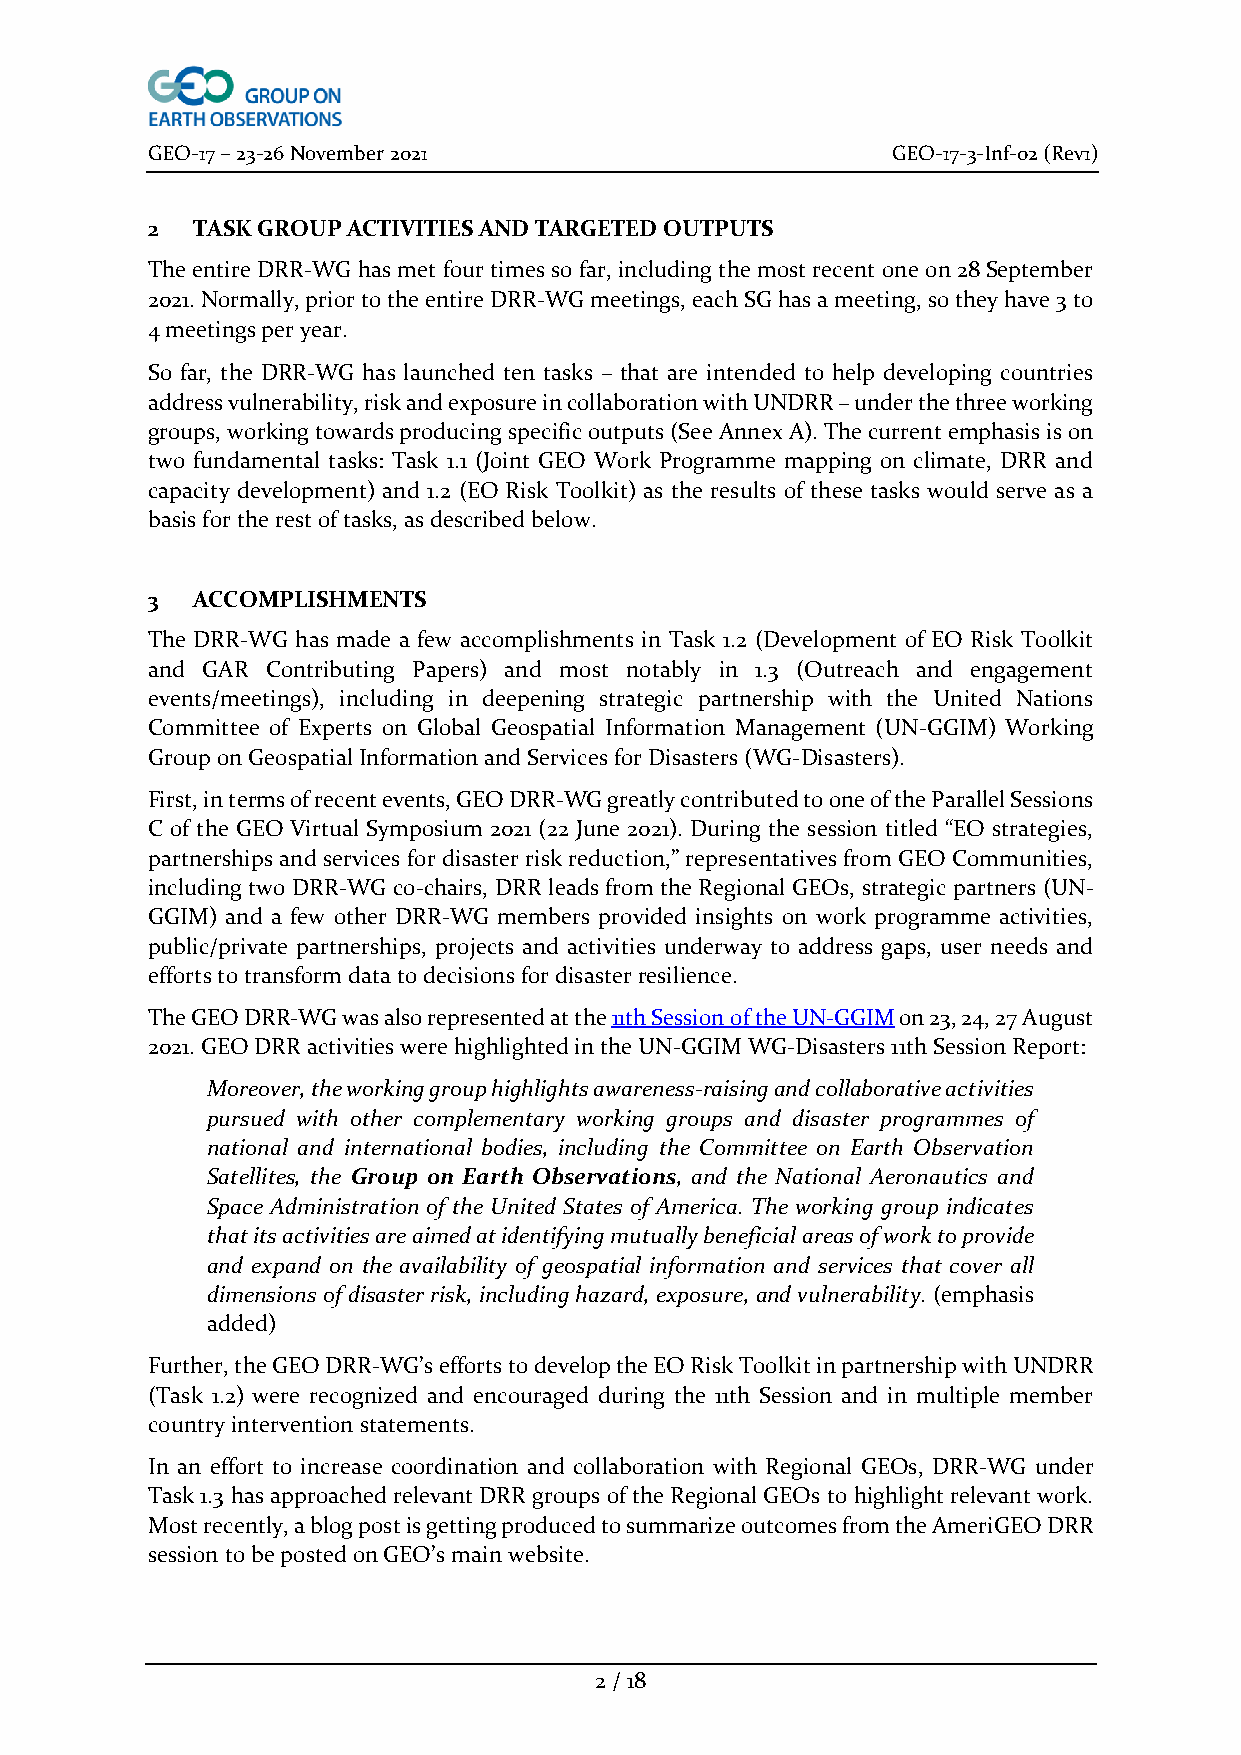
GEO-17 – 23-26 November 2021                     GEO-17-3-Inf-02 (Rev1)
 2  TASK GROUP ACTIVITIES AND TARGETED OUTPUTS
 The entire DRR-WG has met four times so far, including the most recent one on 28 September
 2021. Normally, prior to the entire DRR-WG meetings, each SG has a meeting, so they have 3 to
 4 meetings per year.
 So far, the DRR-WG has launched ten tasks – that are intended to help developing countries
 address vulnerability, risk and exposure in collaboration with UNDRR – under the three working
 groups, working towards producing specific outputs (See Annex A). The current emphasis is on
 two fundamental tasks: Task 1.1 (Joint GEO Work Programme mapping on climate, DRR and
 capacity development) and 1.2 (EO Risk Toolkit) as the results of these tasks would serve as a
 basis for the rest of tasks, as described below.
 3  ACCOMPLISHMENTS
 The DRR-WG has made a few accomplishments in Task 1.2 (Development of EO Risk Toolkit
 and GAR Contributing Papers) and most notably in 1.3 (Outreach and engagement
 events/meetings), including in deepening strategic partnership with the United Nations
 Committee of Experts on Global Geospatial Information Management (UN-GGIM) Working
 Group on Geospatial Information and Services for Disasters (WG-Disasters).
 First, in terms of recent events, GEO DRR-WG greatly contributed to one of the Parallel Sessions
 C of the GEO Virtual Symposium 2021 (22 June 2021). During the session titled “EO strategies,
 partnerships and services for disaster risk reduction,” representatives from GEO Communities,
 including two DRR-WG co-chairs, DRR leads from the Regional GEOs, strategic partners (UN-
 GGIM) and a few other DRR-WG members provided insights on work programme activities,
 public/private partnerships, projects and activities underway to address gaps, user needs and
 efforts to transform data to decisions for disaster resilience.
 The GEO DRR-WG was also represented at the 11th Session of the UN-GGIM on 23, 24, 27 August
 2021. GEO DRR activities were highlighted in the UN-GGIM WG-Disasters 11th Session Report:
 Moreover, the working group highlights awareness-raising and collaborative activities
 pursued with other complementary working groups and disaster programmes of
 national and international bodies, including the Committee on Earth Observation
 Satellites, the Group on Earth Observations, and the National Aeronautics and
 Space Administration of the United States of America. The working group indicates
 that its activities are aimed at identifying mutually beneficial areas of work to provide
 and expand on the availability of geospatial information and services that cover all
 dimensions of disaster risk, including hazard, exposure, and vulnerability. (emphasis
 added)
 Further, the GEO DRR-WG’s efforts to develop the EO Risk Toolkit in partnership with UNDRR
 (Task 1.2) were recognized and encouraged during the 11th Session and in multiple member
 country intervention statements.
 In an effort to increase coordination and collaboration with Regional GEOs, DRR-WG under
 Task 1.3 has approached relevant DRR groups of the Regional GEOs to highlight relevant work.
 Most recently, a blog post is getting produced to summarize outcomes from the AmeriGEO DRR
 session to be posted on GEO’s main website.
 2 / 18